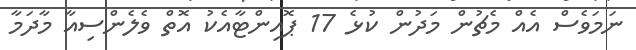
ނަމަވެސް އެއް މެޗުން މަދުން ކުޅެ 17 ޕޮއިންޓާއެކު އޮތް ވެލެންސިއާ މާދަމާ